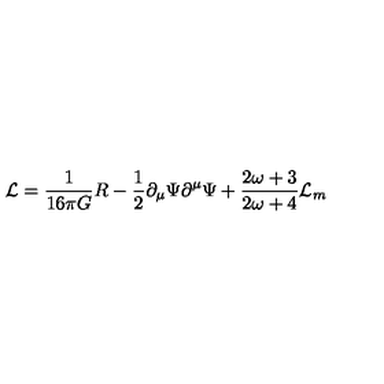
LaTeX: { \cal L } = \frac { 1 } { 1 6 \pi G } R - \frac { 1 } { 2 } \partial _ { \mu } \Psi \partial ^ { \mu } \Psi + \frac { 2 \omega + 3 } { 2 \omega + 4 } { \cal L } _ { m }